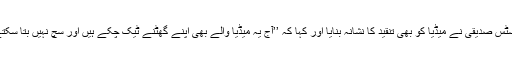
جسٹس صدیقی نے میڈیا کو بھی تنقید کا نشانہ بنایا اور کہا کہ ’’آج یہ میڈیا والے بھی اپنے گھٹنے ٹیک چکے ہیں اور سچ نہیں بتا سکتے۔